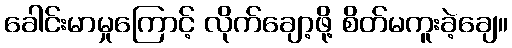
ခေါင်းမာမှုကြောင့် လိုက်ချော့ဖို့ စိတ်မကူးခဲ့ချေ။